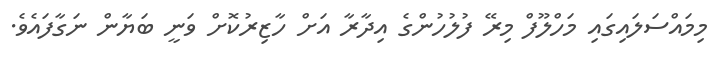
މިމައްސަލައިގައި މަހްލޫފް މިރޭ ފުލުހުންގެ އިދާރާ އަށް ހާޒިރުކޮށް ވަނީ ބަޔާން ނަގާފައެވެ.